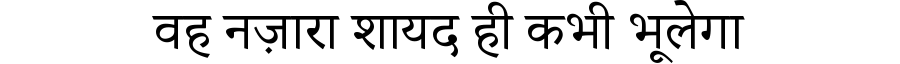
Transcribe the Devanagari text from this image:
वह नज़ारा शायद ही कभी भूलेगा